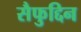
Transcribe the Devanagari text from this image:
सैफुद्दिन